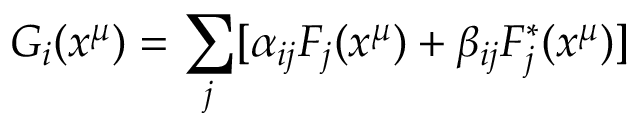
G _ { i } ( x ^ { \mu } ) = \sum _ { j } [ \alpha _ { i j } F _ { j } ( x ^ { \mu } ) + \beta _ { i j } F _ { j } ^ { * } ( x ^ { \mu } ) ]